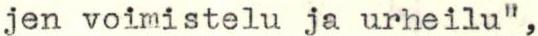
jen voimistelu ja urheilu",